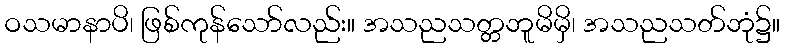
ဝသမာနာပိ၊ ဖြစ်ကုန်သော်လည်း။ အသညသတ္တဘူမိမှိ၊ အသညသတ်ဘုံ၌။